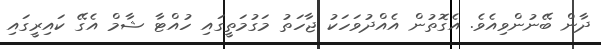
ދާން ބޭނުންވިއެވެ. އެގޮތުން އެއްދުވަހަކު ޖާހަތު މަގުމަތީގައި ހުއްޓާ ޝާމް އެގޭ ކައިރީގައި